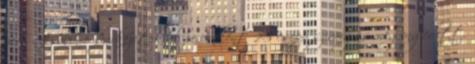
perc. Az elzáró szerkezeteknél percenként 2-3 csepp szivárgás megengedett.